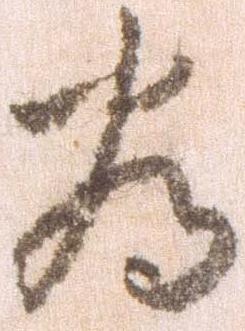
為